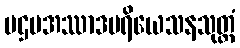
ပဌမအဿာဒပရိယေသနသုတ္တံ